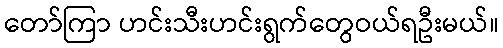
တော်ကြာ ဟင်းသီးဟင်းရွက်တွေဝယ်ရဦးမယ်။